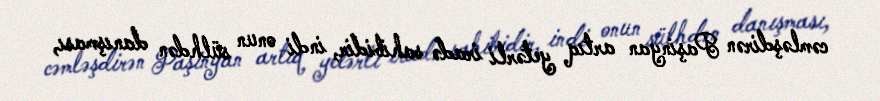
cəmləşdirən Paşinyan artıq yetərli iradə sahibidir, indi onun sülhdən danışması,